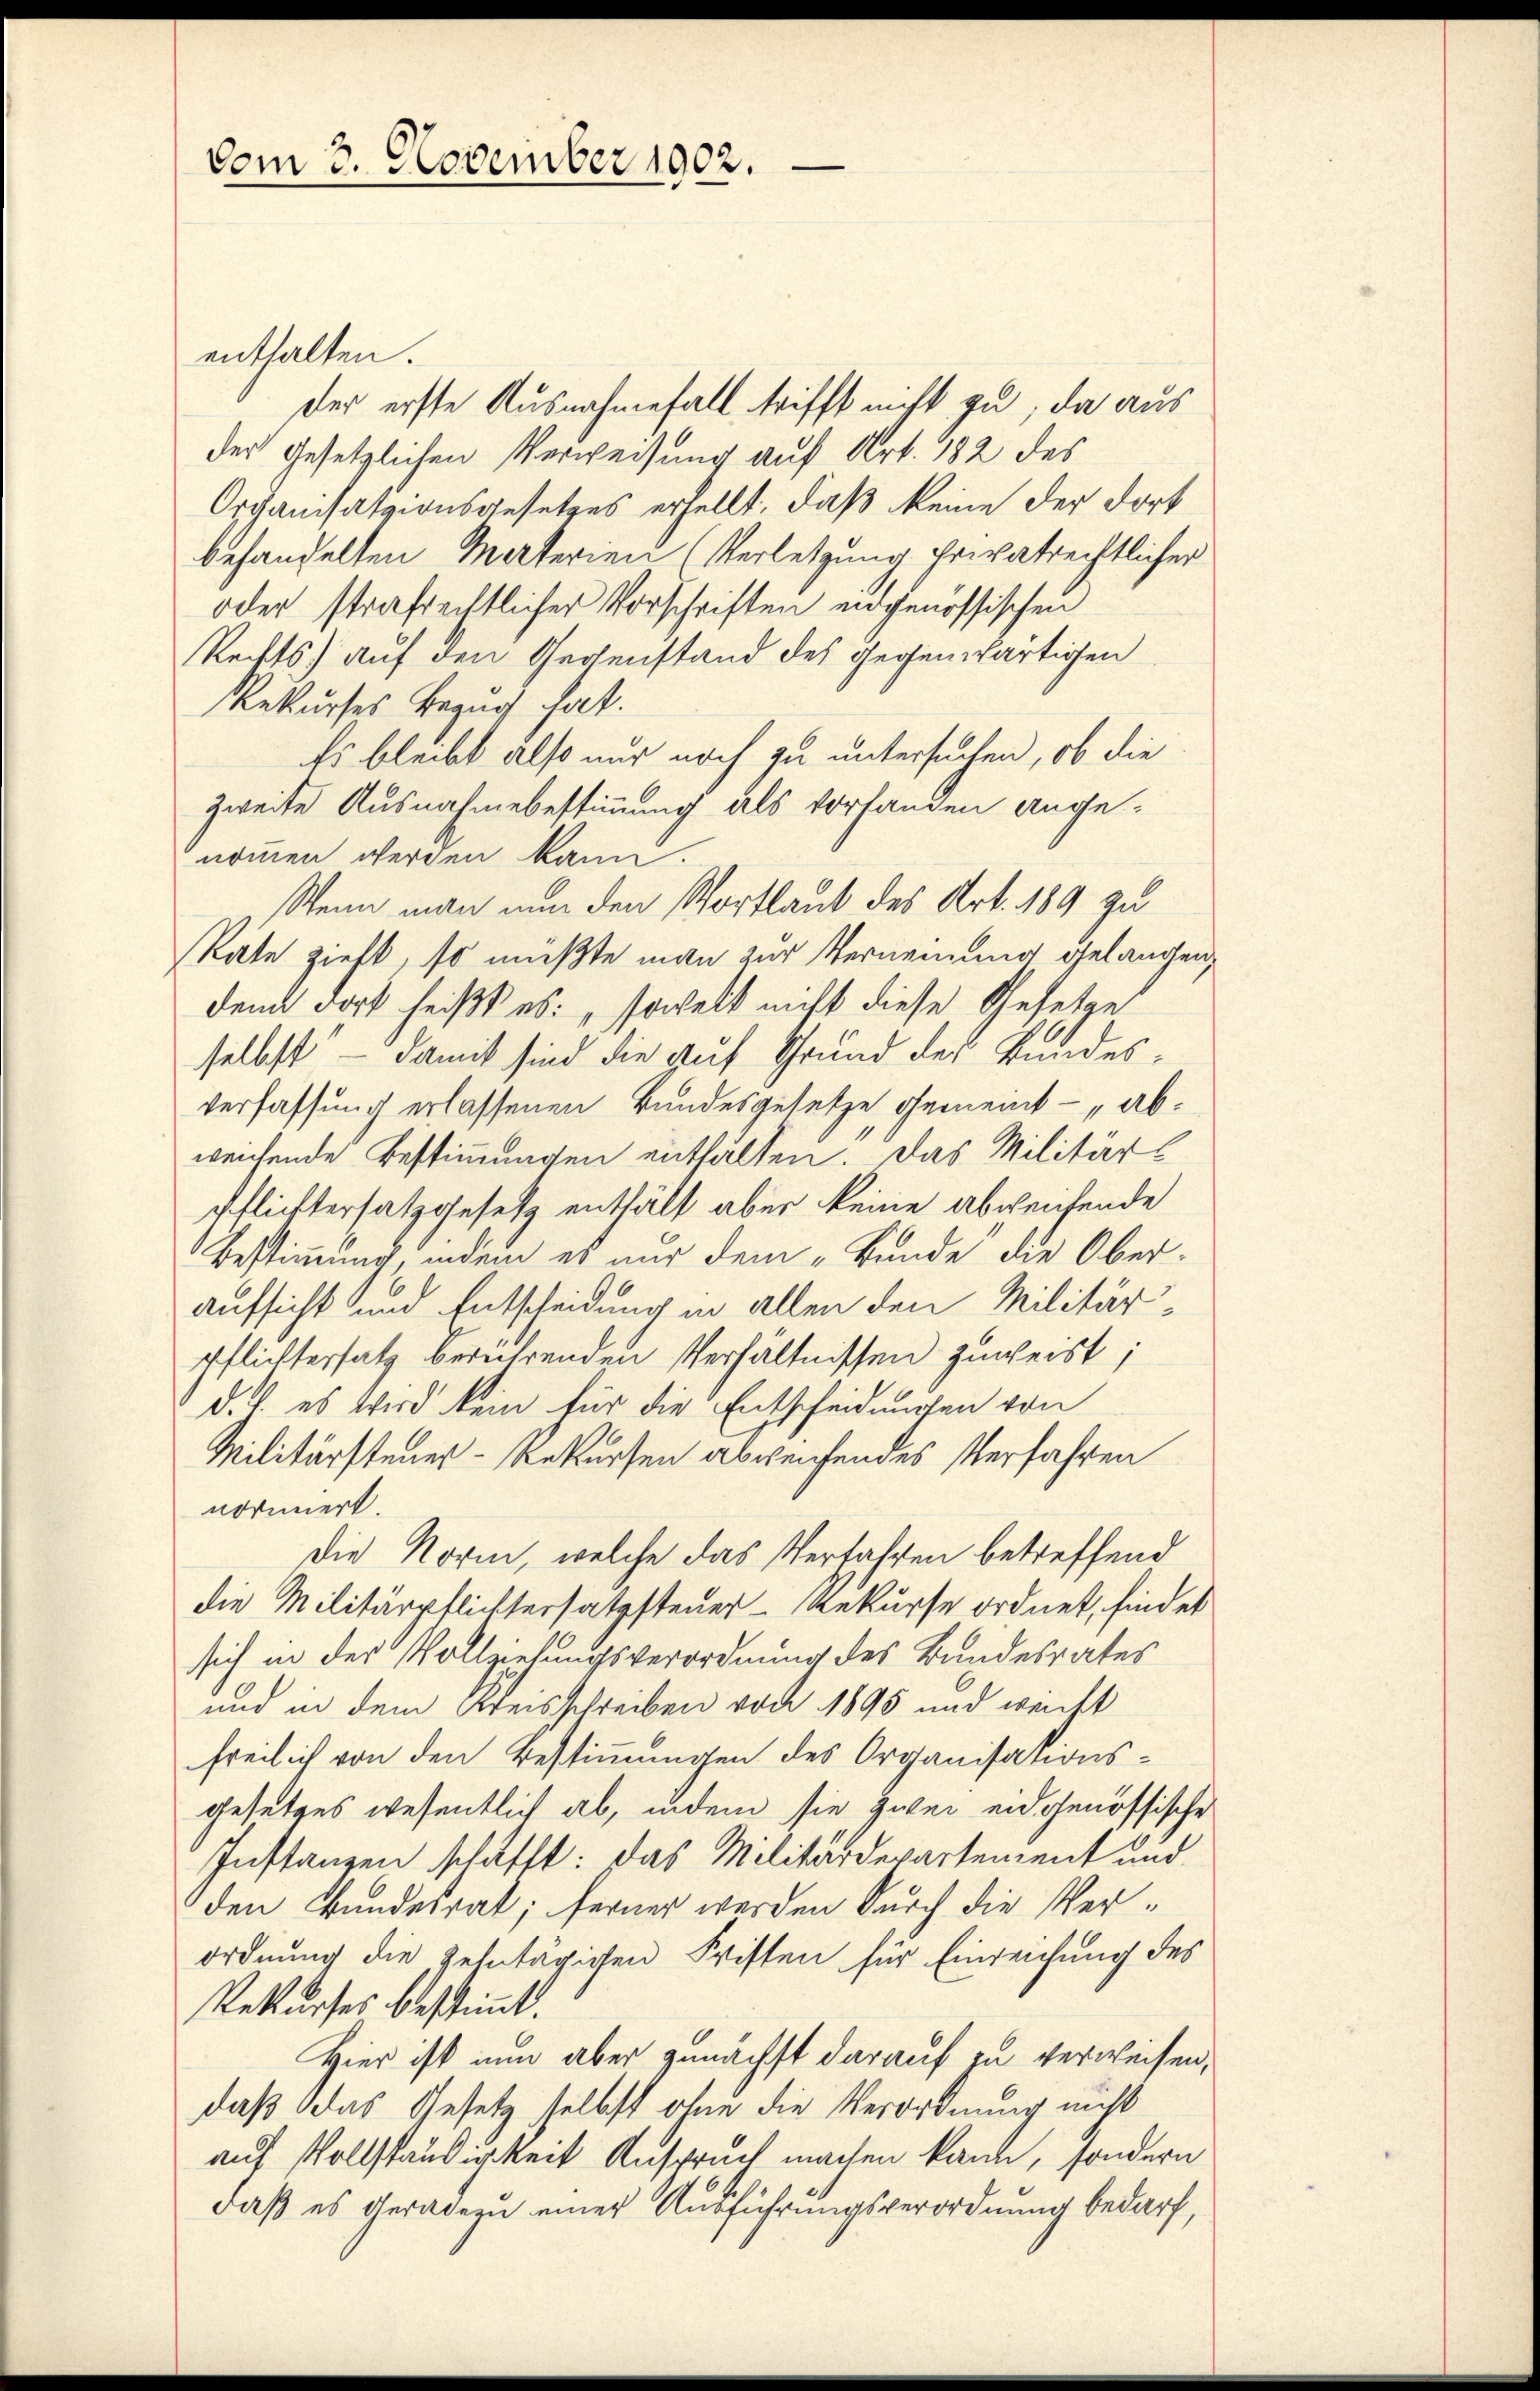
vom 3. November 1902.

enthalten.
der erste Ausnahmefall trifft nicht zu, da aus
der Gesetzlichen Verweisung auf Art. 182 des
Organisatzionsgesetzes erhellt, daß keine der dort
behandelten Materien (Verletzung privatrechtlicher
oder strafrechtlicher Vorschriften eingenössischen
Rechts auf den Gegenstand des gegenwärtigen
Rekurses Bezug hat.
Es bleibt also nur noch zu untersuchen, ob die
zweite Ausnahmebestimmung als vorfanden angenommen werden kann.
Wenn man nun den Wortlaut des Art. 189 zu
Rate zieht, so müßte man zur Vernennung gelangen,
denn dort heißt es: „soweit nicht diese Gesetze
selbst — damit sind die auf Grund der Bundesverfassung erlassenen Bundesgesetze gemeint - abweichende Bestimmungen enthalten. Das Militärs
Pflichtersatz gesetz enthält aber keine abweisende
Bestimmung, indem es nur dem „Bunde die Oberaufsicht und Entscheidung in allen den Militär¬
Pflichtersatz berührenden Verhältnissen zuweist;
d. J. es wird kein für die Entscheidungen von
Militärsteuer- Rekursen abweisendes Verfahren
normiert.
Die Norm, welche das Verfahren betreffend
die Militärpflichtersatzsteuer- Rekurse ordnet, findet
sich in der Vollziehungsverordnung des Bundesrates
und in dem Kreisschreiben von 1895 und weicht
freilich von den Bestimmungen des Organisationsgesetzes wesentlich ab, indem sie zwei eidgenössische
Instanzen schafft: das Militärdepartement und
den Bundesrat; ferner werden durch die Verordnung die zehntägigen Wisten für Einreichung des
Rekurses bestimmt.
Hier ist nun aber zunächst darauf zu verweisen,
daß das Gesetz selbst ohne die Verordnung nicht
auf Vollständigkeit Anspruch machen kann, sondern
daß es geradern einer Ausführungsverordnung bedarf,